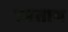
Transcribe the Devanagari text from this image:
उडताच